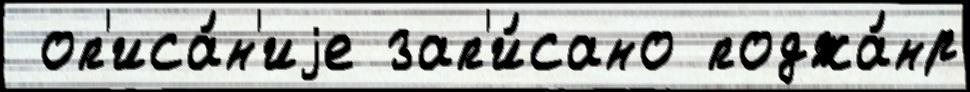
 оп'иса́н'иjе зап'и́сано поджа́нр